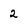
Character: 2